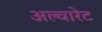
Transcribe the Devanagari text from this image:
अल्वारेट